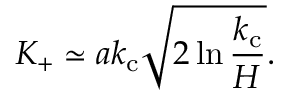
K _ { + } \simeq a k _ { \mathrm { c } } \sqrt { 2 \ln \frac { k _ { \mathrm { c } } } { H } } .